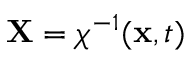
\mathbf { X } = \chi ^ { - 1 } ( \mathbf { x } , t )